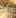
شا